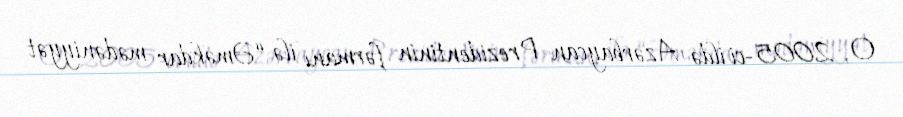
O, 2005-ci ildə Azərbaycan Prezidentinin fərmanı ilə “Əməkdar mədəniyyət